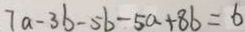
7 a - 3 b - 5 b - 5 a + 8 b = 6